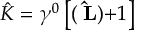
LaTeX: \hat { K } = \gamma ^ { 0 } \left[ ( { \bf \sigma \hat { L } ) + } 1 \right]